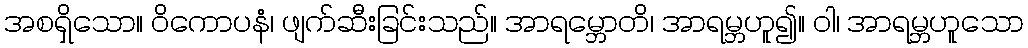
အစရှိသော။ ဝိကောပနံ၊ ဖျက်ဆီးခြင်းသည်။ အာရမ္ဘောတိ၊ အာရမ္ဘဟူ၍။ ဝါ၊ အာရမ္ဘဟူသော